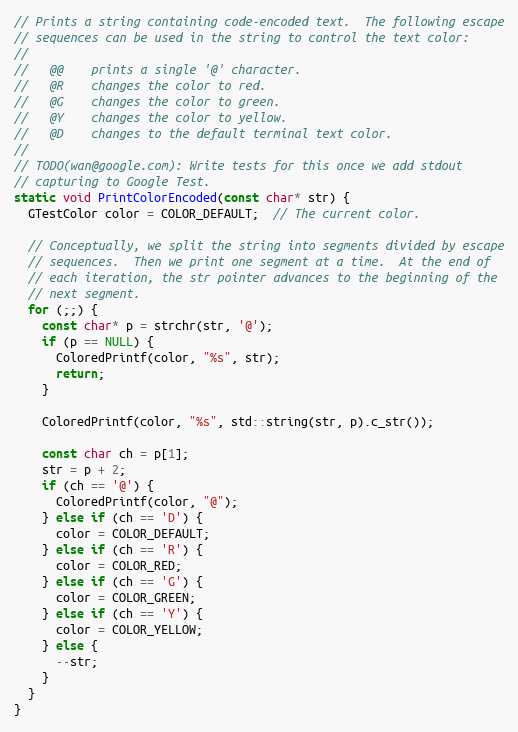
Language: C++
// Prints a string containing code-encoded text.  The following escape
// sequences can be used in the string to control the text color:
//
//   @@    prints a single '@' character.
//   @R    changes the color to red.
//   @G    changes the color to green.
//   @Y    changes the color to yellow.
//   @D    changes to the default terminal text color.
//
// TODO(wan@google.com): Write tests for this once we add stdout
// capturing to Google Test.
static void PrintColorEncoded(const char* str) {
  GTestColor color = COLOR_DEFAULT;  // The current color.

  // Conceptually, we split the string into segments divided by escape
  // sequences.  Then we print one segment at a time.  At the end of
  // each iteration, the str pointer advances to the beginning of the
  // next segment.
  for (;;) {
    const char* p = strchr(str, '@');
    if (p == NULL) {
      ColoredPrintf(color, "%s", str);
      return;
    }

    ColoredPrintf(color, "%s", std::string(str, p).c_str());

    const char ch = p[1];
    str = p + 2;
    if (ch == '@') {
      ColoredPrintf(color, "@");
    } else if (ch == 'D') {
      color = COLOR_DEFAULT;
    } else if (ch == 'R') {
      color = COLOR_RED;
    } else if (ch == 'G') {
      color = COLOR_GREEN;
    } else if (ch == 'Y') {
      color = COLOR_YELLOW;
    } else {
      --str;
    }
  }
}